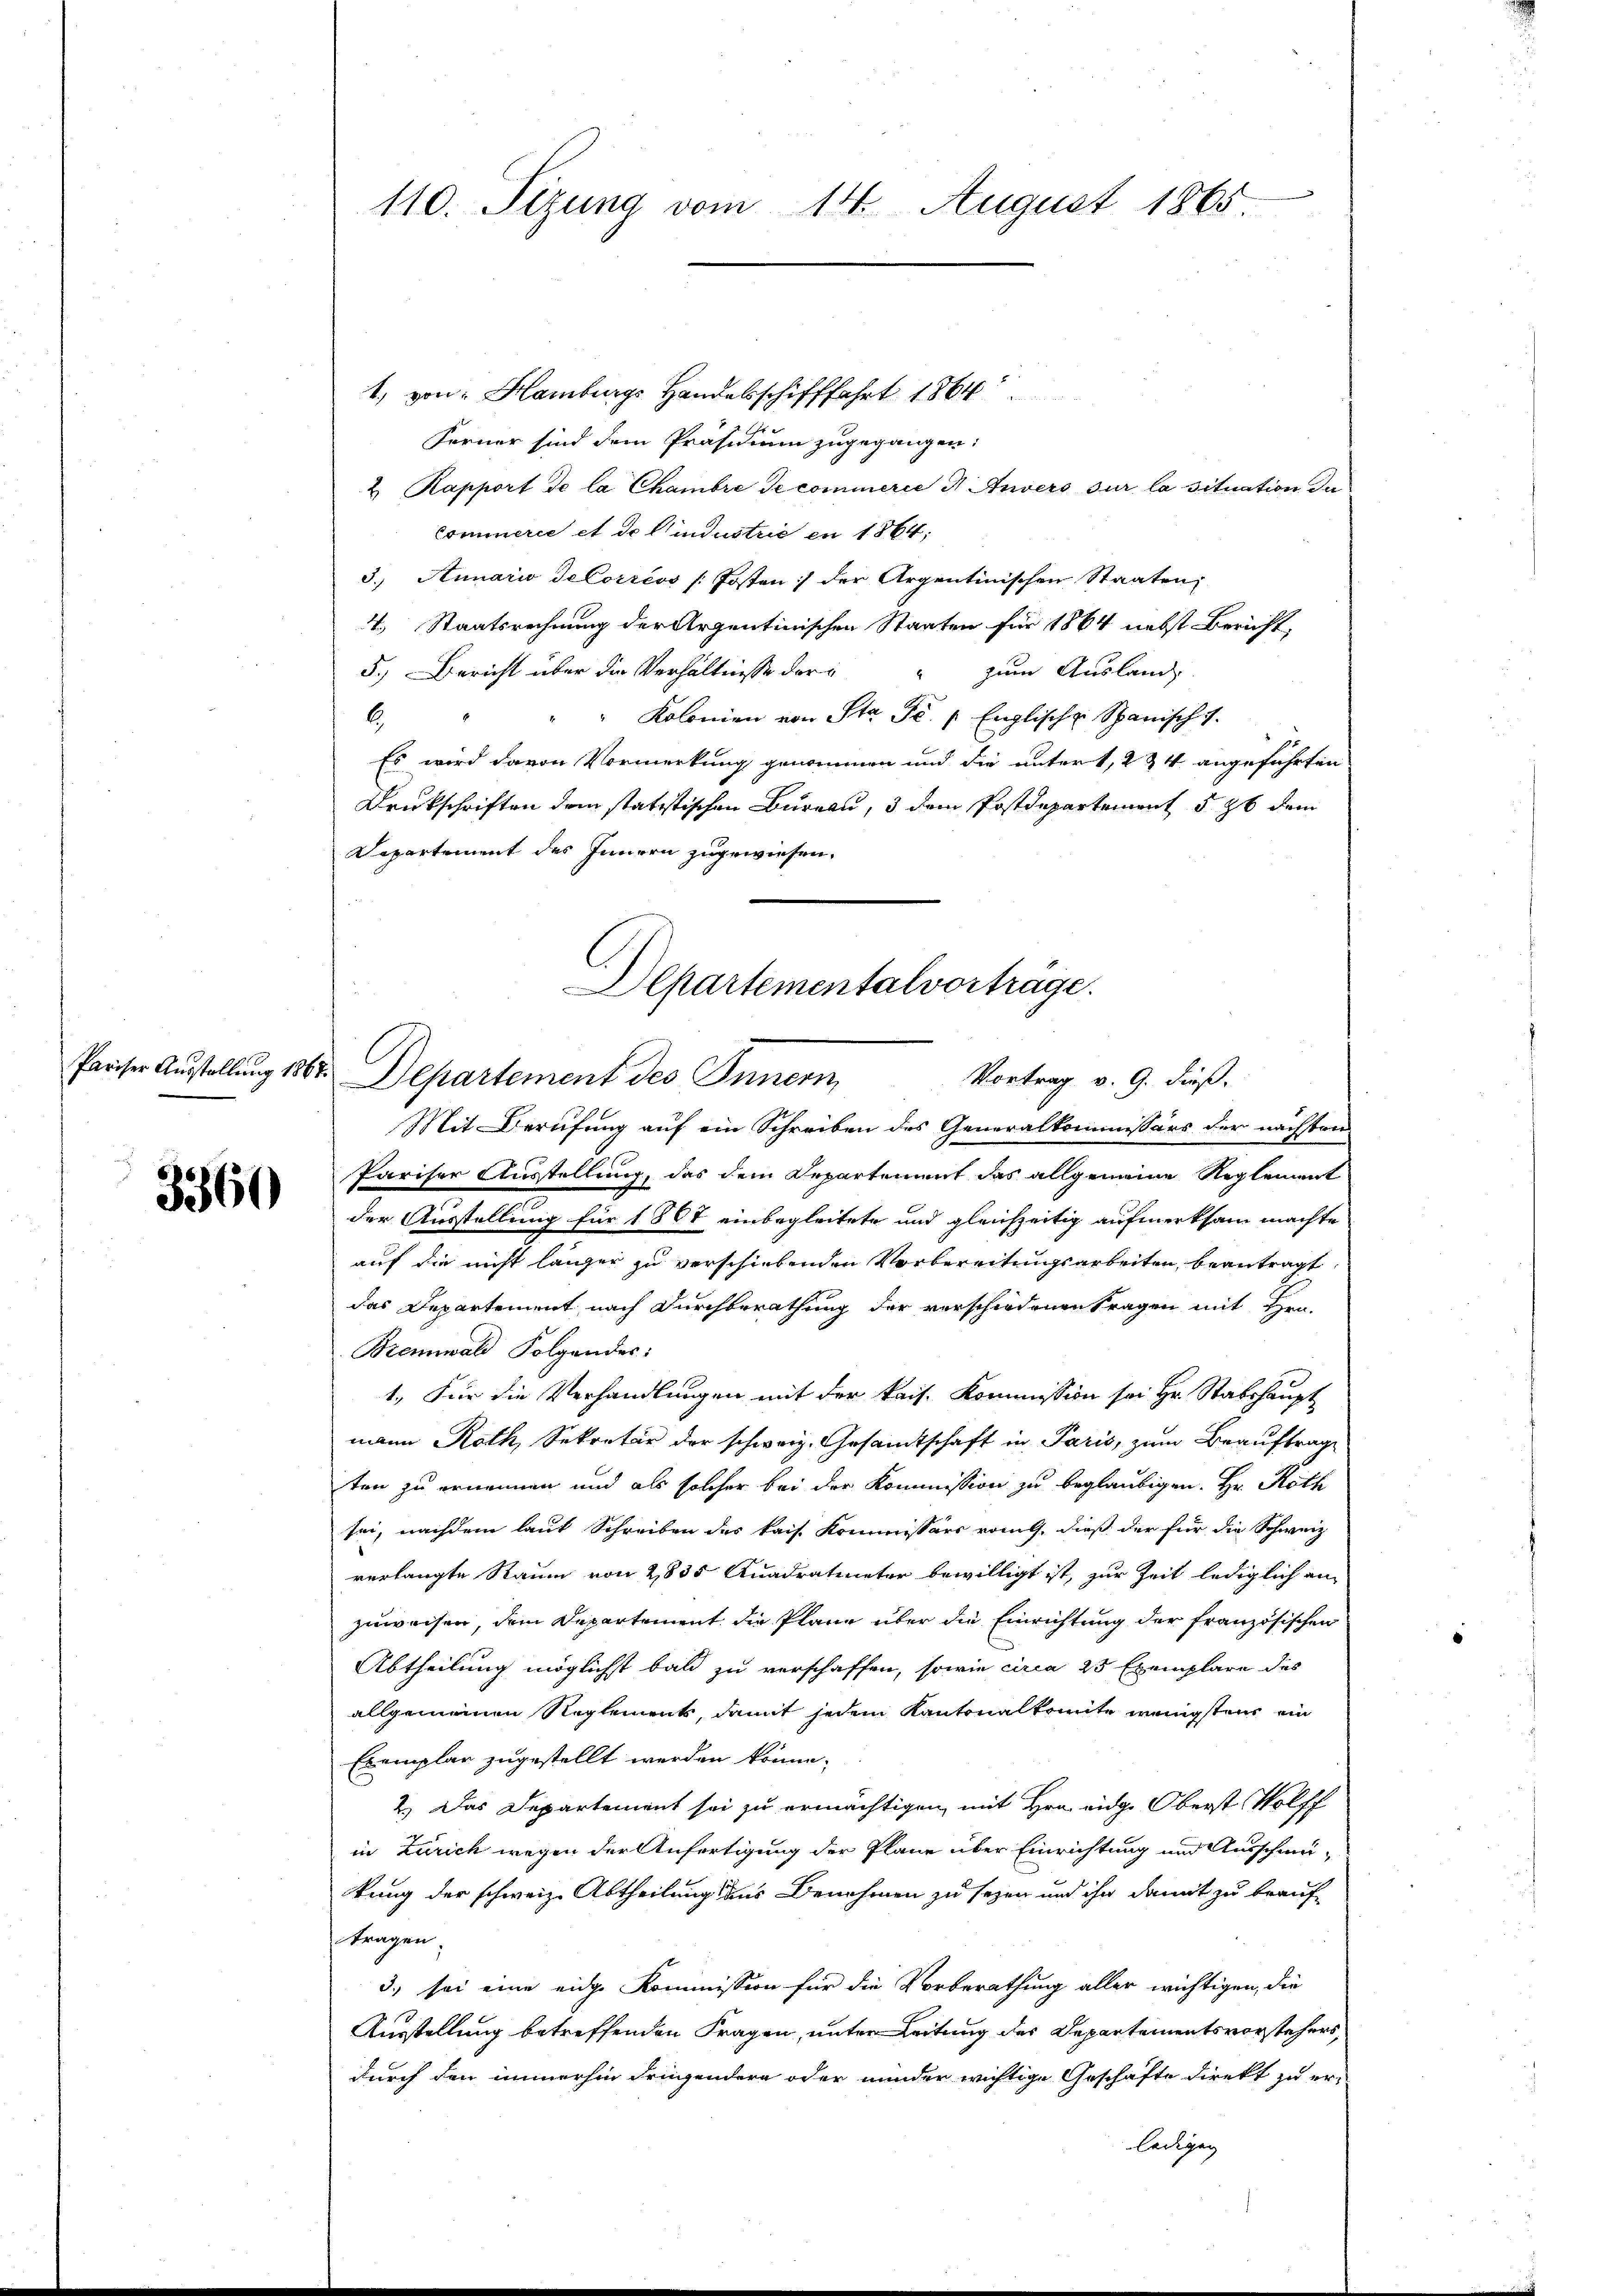
3360

1, von Hamburgs Handelsschifffahrt 1864
Ferner sind dem Präsidium zugegangen:
2 Kapport de la Chambre de cominerie 3 Anvers sur la situation der
Commerie et de lindustrie en 1864;
3.) Annario Selorrévs / Posten der Argentinischen Staaten,
4. Staatsrechnung der Arzentinischen Staaten für 1864 nebst Bericht,
5.) Bericht über die Verhältnisse der zum Ausland,
Kolonien von Sta Se. Englische Spanisch 7.
6
Es wird davon Vormerkung genommen und die untert, 2 & 4 angeführten
Drukschriften dem statistischen Bureau, 3 dem Postdepartement § 26 dem
Departement des Innern zugewiesen.
Pariser Ausstellung, das dem Departement das allgemeine Reglement
der Ausstellung für 1807 einbegleitete und gleichzeitig aufmerksam machte
auf die nicht länger zu verschiebenden Vorbereitungsarbeiten beantragt,
das Departement nach Durchberathung der verschiedenen Tragen mit Hrn
Brennwald Folgendes:
1.) Für die Verhandlungen mit der kais. Kommission sei Hr. Stabshaupt
mann Roth, Sekretär der schweiz. Gesandtschaft in Paris, zum Beauftrage
ten zu ernennen und als solcher bei der Kommission zu beglaubigen. Hr. Roth
sei, nachdem laut Schreiben des kais. Kommissärs vom 9. dieß der für die Schweiz.
verlangte Raum von 2835 Quadratineter bewilligt ist, zur Zeit lediglich an
zuweisen, dem Departement die Pläne über die Einrichtung der französischen
Abtheilung möglichst bald zu verschaffen, sowie circa 25 Exemplare des
allgemeinen Reglements, damit jedem Kantonalkomite wenigstens ein
Exemplar zugestellt werden könne.
2.) Das Departement sei zu ermächtigen, mit Hrn. eidg. Oberst Wolff
in Zürich wegen der Anfertigung der Plane über Einrichtung und Ausschmei-
kung der schweiz. Abtheilung aus Benehmen zu sezen und ihr damit zu beauf
tragen.
3) sei eine eidge Kommission für die Vorberathung aller wichtigen, die
Ausstellung betreffenden Fragen, unter Leitung des Departementsvorstehers,
durch den immerhin dringendern oder minder wichtige Geschäfte direkt zu er-
ledigen |

110. Sizung vom 14. August 1865.

Departemental vorträge.
Paiser Aŭstellŭng 1864. Departement des Innern Vortrag v. 9. dieß.
Mit Berufung auf ein Schreiben des Generalkommissärs der nächsten